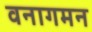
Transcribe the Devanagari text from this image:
वनागमन